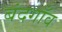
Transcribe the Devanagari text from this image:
बंदगाँव